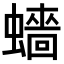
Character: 𧒗